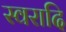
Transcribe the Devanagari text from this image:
स्वरादि